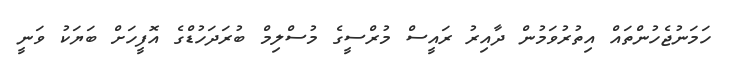
ހަމަނުޖެހުންތައް އިތުރުވަމުން ދާއިރު ރައީސް މުރްސީގެ މުސްލިމް ބުރަދަހުޑްގެ އޮފީހަށް ބަޔަކު ވަނީ